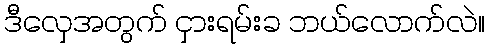
ဒီလှေအတွက် ငှားရမ်းခ ဘယ်လောက်လဲ။